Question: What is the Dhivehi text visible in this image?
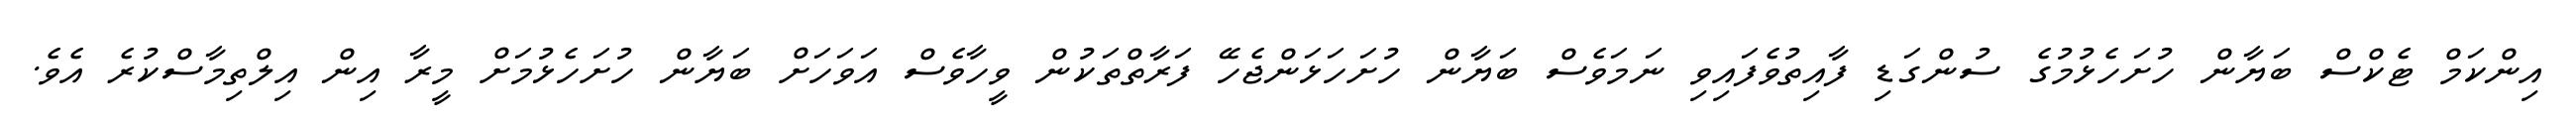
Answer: އިންކަމް ޓެކްސް ބަޔާން ހުށަހެޅުމުގެ ސުންގަޑި ފާއިތުވެފައިވި ނަމަވެސް ބަޔާން ހުށަހަޅަންޖެހޭ ފަރާތްތަކުން ވީހާވެސް އަވަހަށް ބަޔާން ހުށަހެޅުމަށް މީރާ އިން އިލްތިމާސްކުރެ އެވެ.